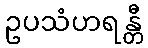
ဥပသံဟရန္တီ